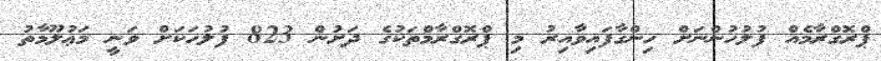
ޕްރޮގްރާމެއް ފުލުހުންނަށް ހިންގާފައިވާއިރު މި ޕްރޮގްރާމްތަކުގެ ދަށުން 823 ފުލުހަކަށް ވަނީ މަޢުލޫމާތު